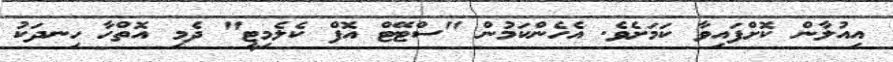
އިއުލާން ކޮށްފައިވާ ކަމަށެވެ. އެހެންކަމުން "ސްޓޭޓް އޮފް ކެލެމިޓީ" ދެމި އޮތްހާ ހިނދަކު